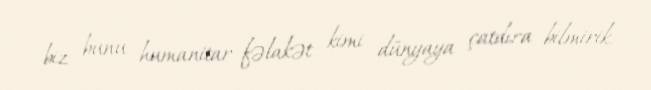
biz bunu humanitar fəlakət kimi dünyaya çatdıra bilmirik.